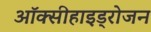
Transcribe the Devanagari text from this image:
ऑक्सीहाइड्रोजन